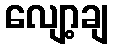
လျော့ချ